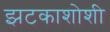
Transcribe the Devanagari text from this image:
झटकाशोशी